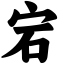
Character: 宕